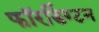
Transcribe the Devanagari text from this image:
फॉरडिंग्टन